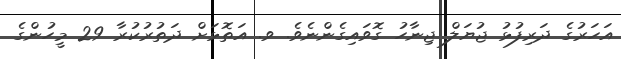
އަހަރުގެ ދަރިފުޅު ޖުޔަލް ޖިނާހު ގޮވައިގެންނެވެ. ވ. އަތޮޅަށް ދަތުރުކުރާ 29 މީހުންގެ